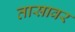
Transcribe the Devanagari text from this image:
तासावर